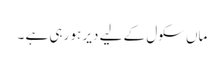
ماں سکول کے لیے دیر ہو رہی ہے ۔